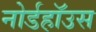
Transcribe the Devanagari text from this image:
नोर्डहॉउस